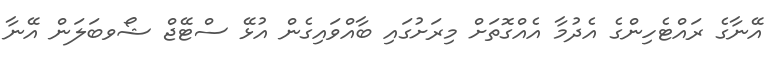
އޭނާގެ ރައްޓެހިންގެ އެދުމާ އެއްގޮތަށް މިރަށުގައި ބާއްވައިގެން އުޅޭ ސްޓޭޖް ޝޯވބަލަން އޭނާ